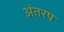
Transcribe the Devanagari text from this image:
अंतरप